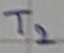
Text: T2